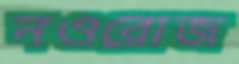
নওরোজ